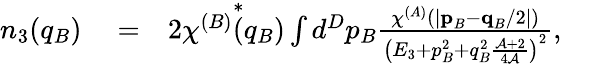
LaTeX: \begin{array}{rlr}{n_{3}(q_{B})}&{{}=}&{2\chi^{(B)}\overset{*}{(}q_{B})\int d^{D}p_{B}\frac{\chi^{(A)}(\lvert\textbf{p}_{B}-\textbf{q}_{B}/2\rvert)}{\left(E_{3}+p_{B}^{2}+q_{B}^{2}\frac{\mathcal{A}+2}{4\mathcal{A}}\right)^{2}},\ \ \ \ \ \ }\end{array}